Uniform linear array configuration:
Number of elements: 32
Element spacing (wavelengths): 0.5
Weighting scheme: kaiser
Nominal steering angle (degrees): -30
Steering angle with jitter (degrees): -30.068
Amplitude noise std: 0.05
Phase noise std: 0.05

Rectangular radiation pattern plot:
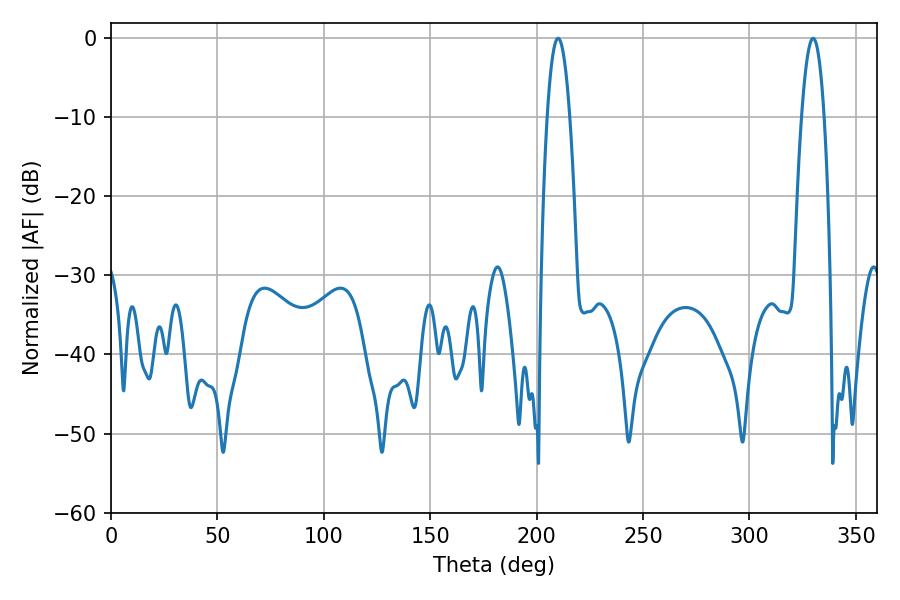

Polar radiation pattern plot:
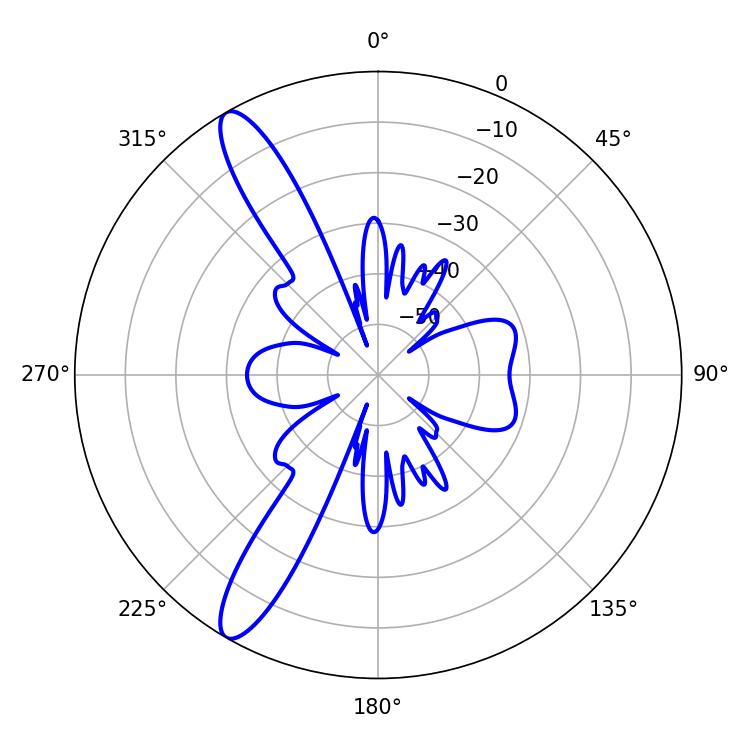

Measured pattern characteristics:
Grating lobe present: FALSE
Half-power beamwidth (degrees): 5.94
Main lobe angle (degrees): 210.06